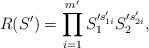
LaTeX: \begin{align*}R(S')=\prod^{m'}_{i=1} S'^{s'_{1i}}_1 S'^{s'_{2i}}_2,\end{align*}